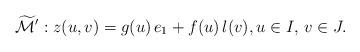
LaTeX: \begin{align*} \widetilde{\mathcal{M}}': z(u,v) = g(u) \,e_1 + f(u)\, l(v), u \in I, \, v \in J.\end{align*}